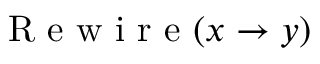
\ensuremath { \mathrm { ~ R ~ e ~ w ~ i ~ r ~ e ~ } } ( x \to y )